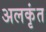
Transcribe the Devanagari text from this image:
अलकृंत